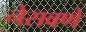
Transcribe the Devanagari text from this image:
नेसवणे